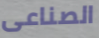
الصناعى